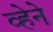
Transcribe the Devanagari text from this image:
व्हेने